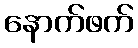
နောက်ဖက်